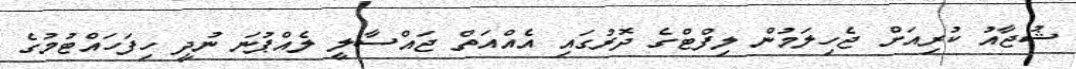
ޝުޖާއު ކުރިއަށް ޖެހިލަމުން ލިފްޓްގެ ދޮރުގައި އެއްއަތް ޖައްސާލީ ލެއްޕުނަ ނުދީ ހިފަހައްޓުމުގެ